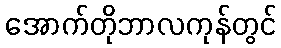
အောက်တိုဘာလကုန်တွင်